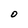
Character: O